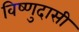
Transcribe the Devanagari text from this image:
विष्णुदासी